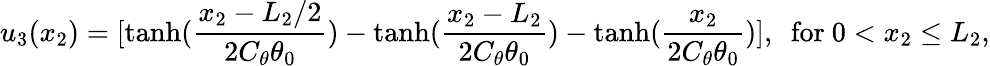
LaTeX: u_{3}(x_{2})=[\mathrm{tanh}(\frac{x_{2}-L_{2}/2}{2C_{\theta}\theta_{0}})-\mathrm{tanh}(\frac{x_{2}-L_{2}}{2C_{\theta}\theta_{0}})-\mathrm{tanh}(\frac{x_{2}}{2C_{\theta}\theta_{0}})],~~\mathrm{for}~0<x_{2}\leq L_{2},